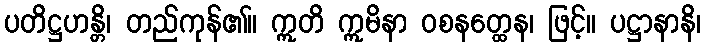
ပတိဋ္ဌဟန္တိ၊ တည်ကုန်၏။ ဣတိ ဣမိနာ ဝစနတ္ထေန၊ ဖြင့်။ ပဋ္ဌာနာနိ၊